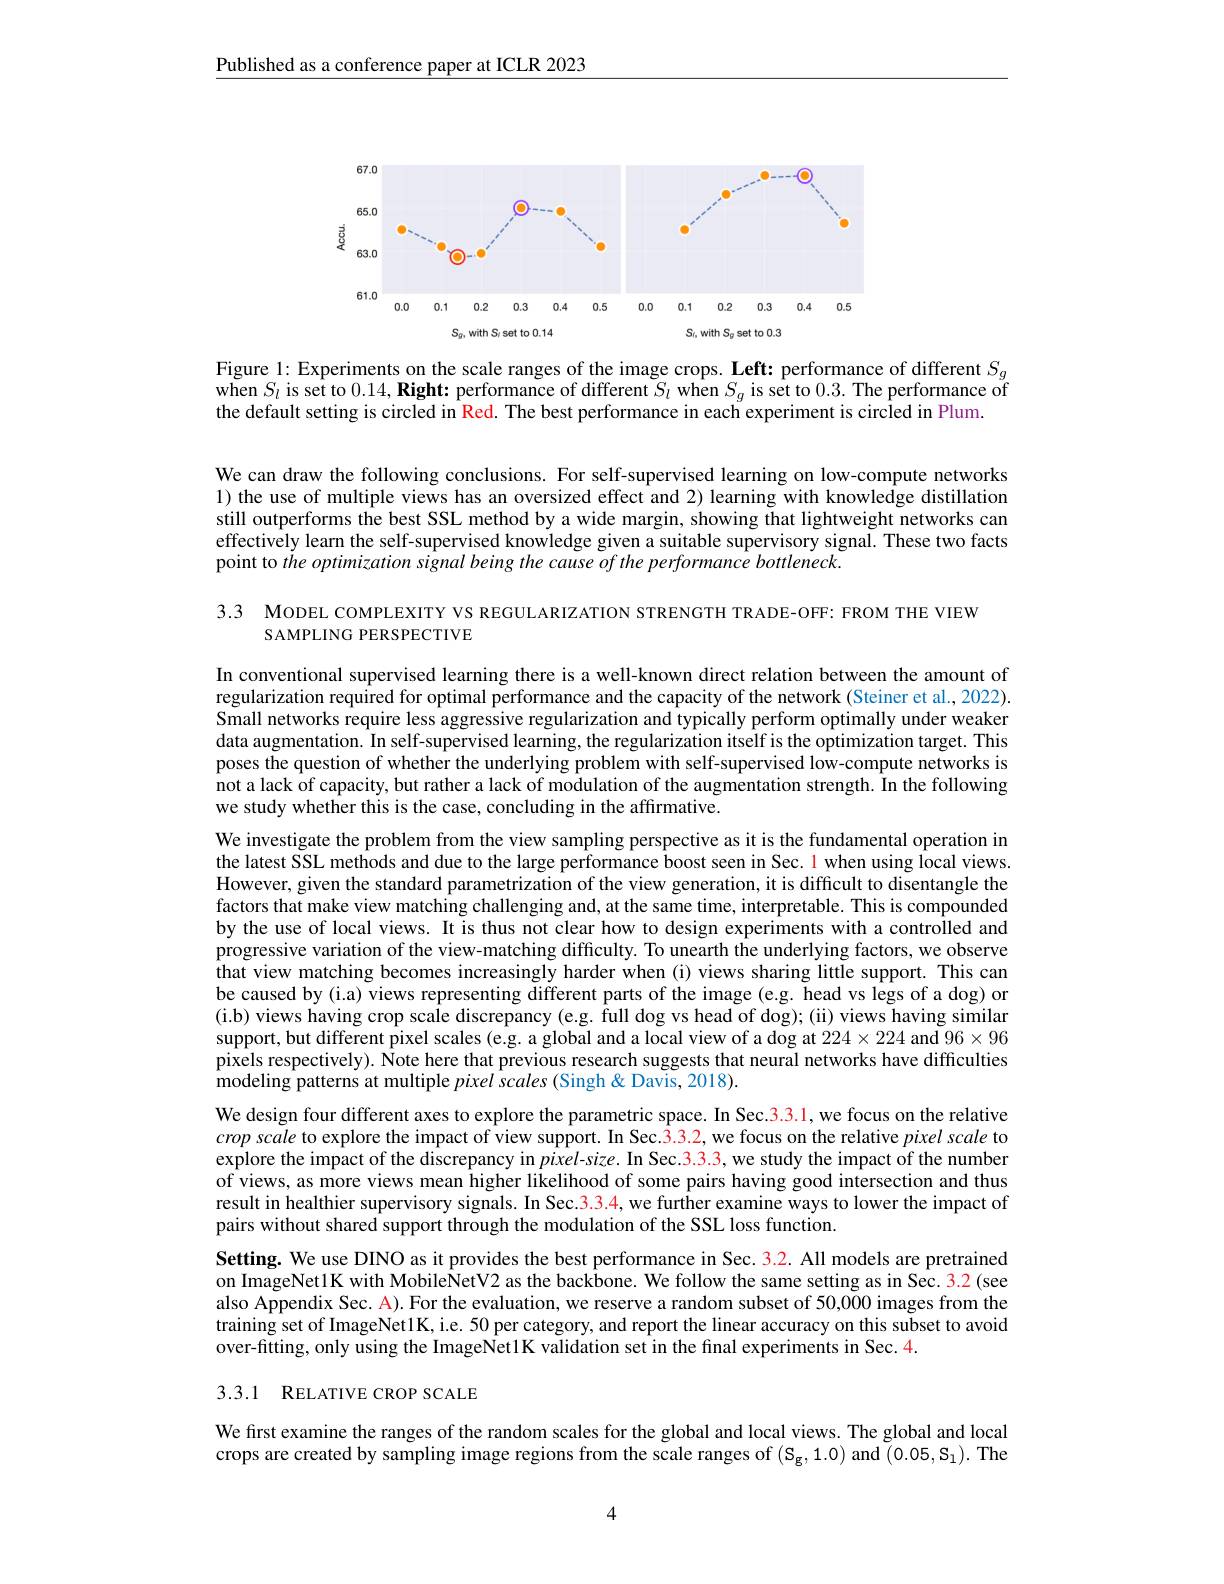
Published as a conference paper at ICLR 2023

<FigureHere>

Figure 1: Experiments on the scale ranges of the image crops. Left: performance of different $S_g$when $S_l$ is set to $0. 14, \textbf{Right: performance of different }S_l$ when $S_g$ is set to 0.3. The performance of
the default setting is circled in Red. The best performance in each experiment is circled in Plum.

We can draw the following conclusions. For self-supervised learning on low-compute networks 1) the use of multiple views has an oversized effect and 2) learning with knowledge distillation still outperforms the best SSL method by a wide margin, showing that lightweight networks can effectively learn the self-supervised knowledge given a suitable supervisory signal. These two facts point to the optimization signal being the cause of the performance bottleneck.

3.3 MODEL COMPLEXITY VS REGULARIZATION STRENGTH TRADE-OFF: FROM THE VIEW
SAMPLING PERSPECTIVE

In conventional supervised learning there is a well-known direct relation between the amount of regularization required for optimal performance and the capacity of the network (Steiner et al., 2022). Small networks require less aggressive regularization and typically perform optimally under weaker data augmentation. In self-supervised learning, the regularization itself is the optimization target. This poses the question of whether the underlying problem with self-supervised low-compute networks is not a lack of capacity, but rather a lack of modulation of the augmentation strength. In the following we study whether this is the case, concluding in the affirmative.

We investigate the problem from the view sampling perspective as it is the fundamental operation in the latest SSL methods and due to the large performance boost seen in Sec. 1 when using local views. However, given the standard parametrization of the view generation, it is difficult to disentangle the factors that make view matching challenging and, at the same time, interpretable. This is compounded by the use of local views. It is thus not clear how to design experiments with a controlled and progressive variation of the view-matching difficulty. To unearth the underlying factors, we observe that view matching becomes increasingly harder when (i) views sharing little support. This can be caused by (i.a) views representing different parts of the image (e.g. head vs legs of a dog) or (i.b) views having crop scale discrepancy (e.g. full dog vs head of dog); (ii) views having similar support, but different pixel scales (e.g. a global and a local view of a dog at $224\times224$ and $96\times96$ pixels respectively). Note here that previous research suggests that neural networks have difficulties modeling patterns at multiple pixel scales (Singh & Davis, 2018).
We design four different axes to explore the parametric space. In Sec.3.3.1, we focus on the relative cropscale to explore the impact of view support. In Sec.3.3.2, we focus on the relative pixel scale to explore the impact of the discrepancy in $pixel- size.$In Sec. 3. 3. 3, we study the impact of the number of views, as more views mean higher likelihood of some pairs having good intersection and thus result in healthier supervisory signals. In Sec.3.3.4, we further examine ways to lower the impact of pairs without shared support through the modulation of the SSL loss function.
Setting. We use DINO as it provides the best performance in Sec. 3.2. All models are pretrained on ImageNet1K with MobileNetV2 as the backbone. We follow the same setting as in Sec. 3.2(see also Appendix Sec. A). For the evaluation, we reserve a random subset of 50,000 images from the training set of ImageNet1K, i.e. 50 per category, and report the linear accuracy on this subset to avoid over-fitting, only using the ImageNet1K validation set in the final experiments in Sec. 4.

## 3.3.1 RELATIVE CROP SCALE

We first examine the ranges of the random scales for the global and local views. The global and local crops are created by sampling image regions from the scale ranges of $(\mathcal{S}_{\mathbf{g}},1.0)$ and $\tilde(0.05,\mathcal{S}_{1}).$ The

4